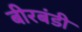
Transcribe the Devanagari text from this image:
बीरबंडी